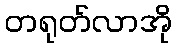
တရုတ်လာအို